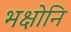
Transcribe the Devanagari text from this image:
भक्षोनि